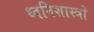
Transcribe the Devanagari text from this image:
ध्वनिशास्त्रों